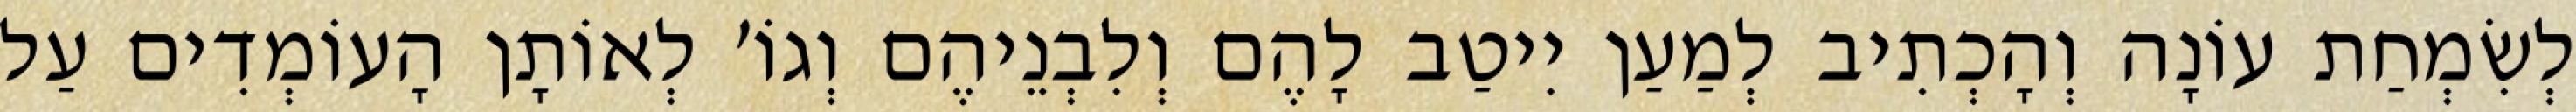
לְשִׂמְחַת עוֹנָה וְהָכְתִיב לְמַעַן יִיטַב לָהֶם וְלִבְנֵיהֶם וְגוֹ׳ לְאוֹתָן הָעוֹמְדִים עַל